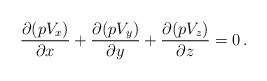
\begin{align*}\frac{\partial(pV_x)}{\partial x}+\frac{\partial(pV_y)}{\partial y}+\frac{\partial(pV_z)}{\partial z}=0\,.\end{align*}